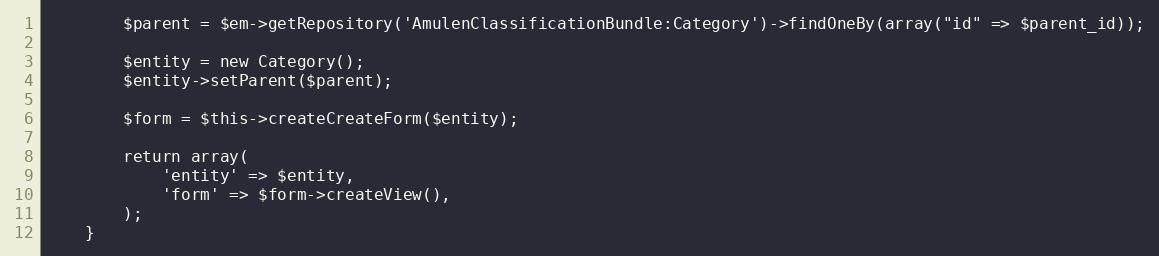
Language: PHP
        $parent = $em->getRepository('AmulenClassificationBundle:Category')->findOneBy(array("id" => $parent_id));

        $entity = new Category();
        $entity->setParent($parent);

        $form = $this->createCreateForm($entity);

        return array(
            'entity' => $entity,
            'form' => $form->createView(),
        );
    }